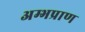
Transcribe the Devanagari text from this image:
अम्भप्राण